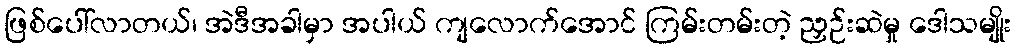
ဖြစ်ပေါ်လာတယ်၊ အဲဒီအခါမှာ အပါယ် ကျလောက်အောင် ကြမ်းတမ်းတဲ့ ညှဉ်းဆဲမှု ဒေါသမျိုး